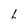
Character: I